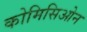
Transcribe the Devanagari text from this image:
कोमिसिओन